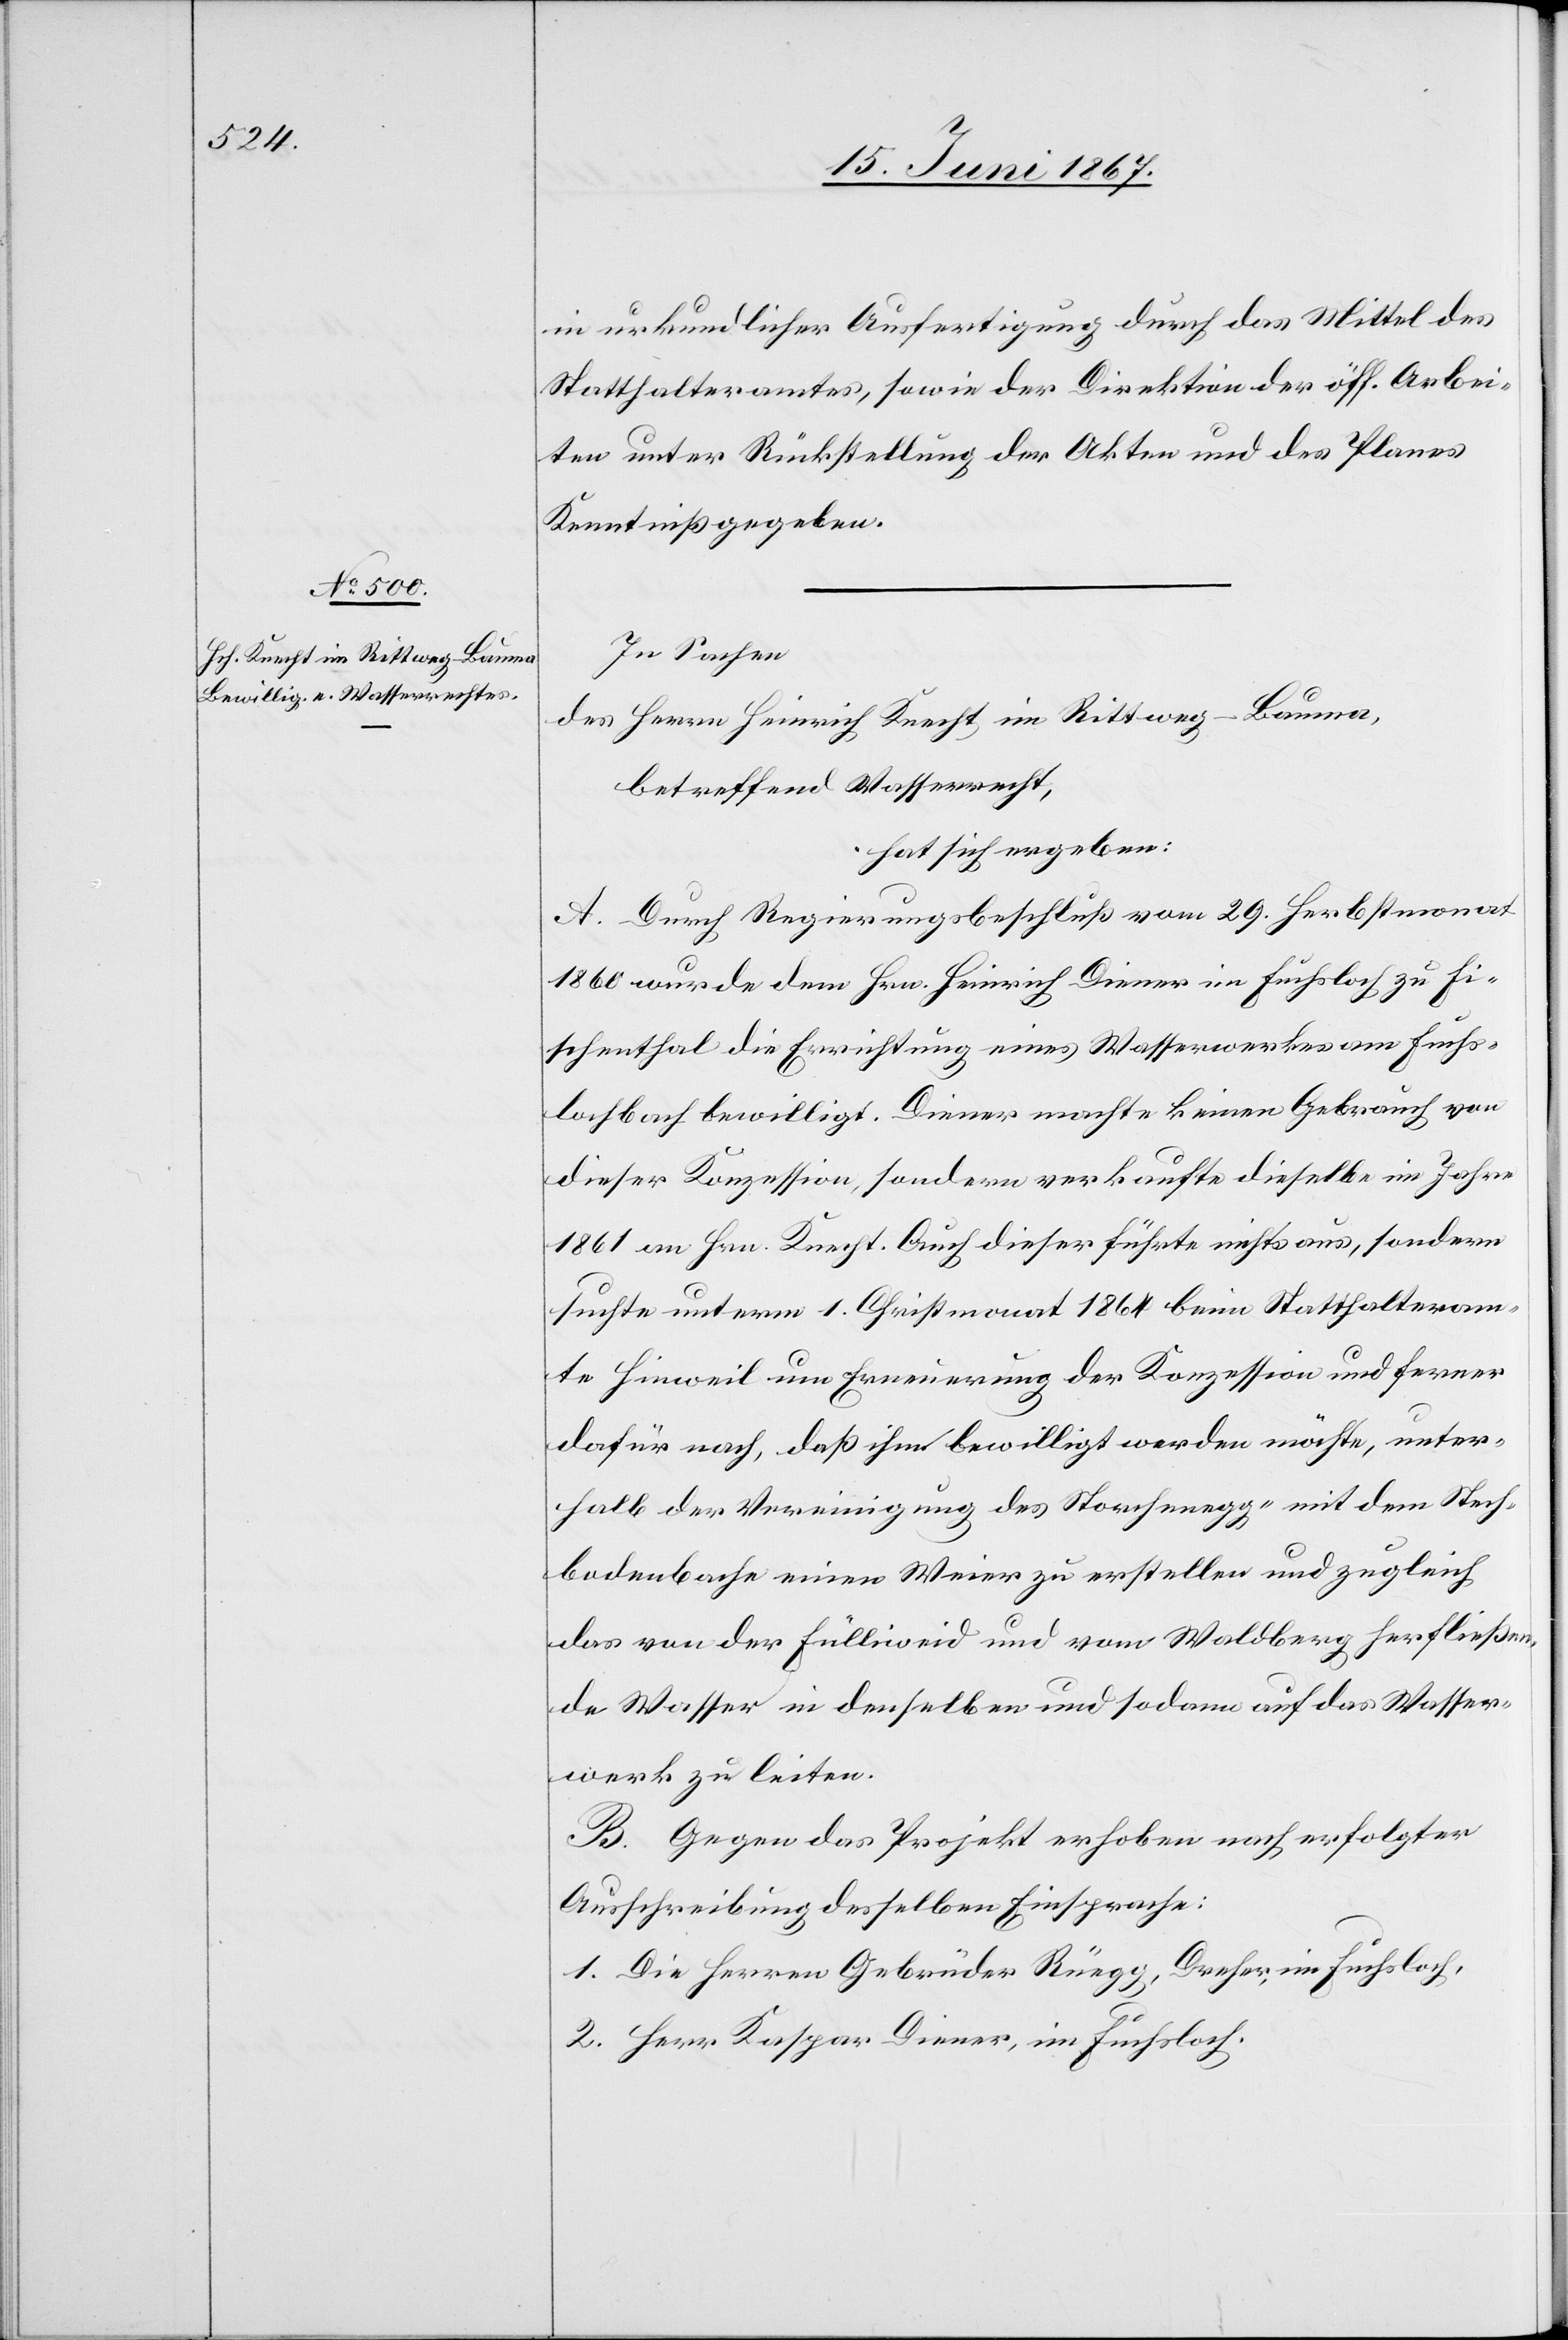
in urkundlicher Ausfertigung durch das Mittel des
Statthalteramtes, sowie der Direktion der öff. Arbei¬
ten unter Rückstellung der Akten und des Planes
Kenntniß gegeben.
In Sachen
des Herrn Heinrich Knecht im Rittweg-Bauma,
betreffend Wasserrecht,
hat sich ergeben:
A. Durch Regierungsbeschluß vom 29. Herbstmonat
1860 wurde dem Hrn. Heinrich Diener in Fuchsloch zu Fi¬
schenthal die Errichtung eines Wasserwerkes am Fuchs¬
lochbach bewilligt. Diener machte keinen Gebrauch von
dieser Konzession, sondern verkaufte dieselbe im Jahre
1861 an Hrn. Knecht. Auch dieser führte nichts aus, sondern
suchte unterm 1. Christmonat 1861 beim Statthalteram¬
te Hinweil um Erneuerung der Konzession und ferner
dafür nach, daß ihm bewilligt werden möchte, unter¬
halb der Vereinigung des Storchenegg- mit dem Stech¬
bodenbache einen Weier zu erstellen und zugleich
das von der Fülliweid und vom Waldberg herfließen¬
de Wasser in denselben und sodann auf das Wasser¬
werk zu leiten.
B. Gegen das Projekt erhoben nach erfolgter
Ausschreibung desselben Einsprache:
1. Die Herren Gebrüder Rüegg, Dreher, im Fuchsloch,
2. Herr Kaspar Diener, im Fuchsloch.